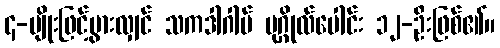
၄-မျိုးဖြင့်ပွားလျှင် သကဒါဂါမ် ပုဂ္ဂိုလ်ပေါင်း ၁၂-ဦးဖြစ်၏။